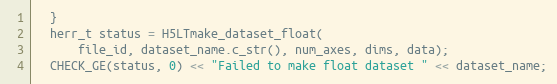
Language: C++
  }
  herr_t status = H5LTmake_dataset_float(
      file_id, dataset_name.c_str(), num_axes, dims, data);
  CHECK_GE(status, 0) << "Failed to make float dataset " << dataset_name;